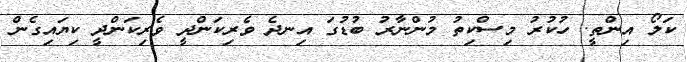
ކަލޯ އިންތީ. ހުކުރު މިސްކިތު މުންނާރު ބުޑުގަ އިނދެ ވެރިކަންދީ ވެރިކަންދީ ކިޔައިގެން